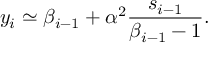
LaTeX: y _ { i } \simeq \beta _ { i - 1 } + \alpha ^ { 2 } \frac { s _ { i - 1 } } { \beta _ { i - 1 } - 1 } .